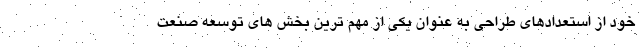
خود از استعدادهای طراحی به عنوان یکی از مهم ترین بخش های توسعه صنعت